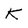
Character: K